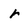
Character: r